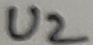
Text: U2